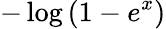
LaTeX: -\log\left(1-e^{x}\right)